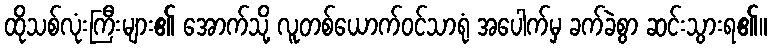
ထိုသစ်လုံးကြီးများ၏ အောက်သို့ လူတစ်ယောက်ဝင်သာရုံ အပေါက်မှ ခက်ခဲစွာ ဆင်းသွားရ၏။